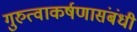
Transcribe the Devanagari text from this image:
गुरुत्वाकर्षणासंबंधी